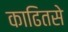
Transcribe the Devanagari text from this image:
काढितसे